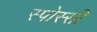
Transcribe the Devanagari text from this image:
स्पोस्सी